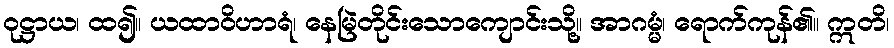
ဝုဋ္ဌာယ၊ ထ၍။ ယထာဝိဟာရံ၊ နေမြဲတိုင်းသောကျောင်းသို့။ အာဂမ္မံ၊ ရောက်ကုန်၏။ ဣတိ၊